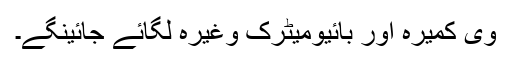
وی کمیرہ اور بائیومیٹرک وغیرہ لگائے جائینگے۔